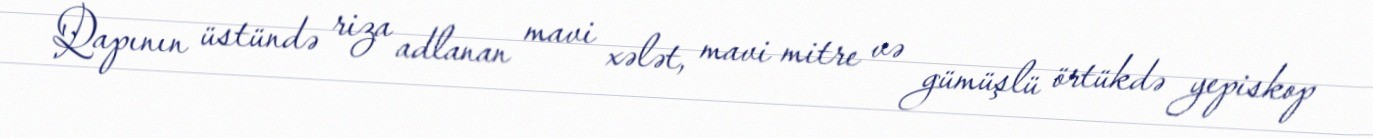
Qapının üstündə riza adlanan mavi xələt, mavi mitre və gümüşlü örtükdə yepiskop